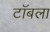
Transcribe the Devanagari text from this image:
टॉबला